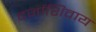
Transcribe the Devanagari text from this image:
दर्जाशिवाय